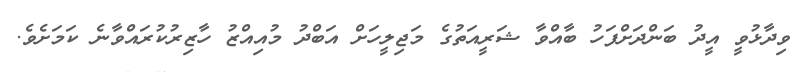
ވިދާޅުވީ އީދު ބަންދަށްފަހު ބާއްވާ ޝަރީއަތުގެ މަޖިލީހަށް އަބްދު މުއިއްޒު ހާޒިރުކުރައްވާނެ ކަމަށެވެ.